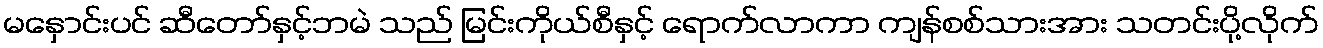
မနှောင်းပင် ဆီတော်နှင့်ဘမဲ သည် မြင်းကိုယ်စီနှင့် ရောက်လာကာ ကျန်စစ်သားအား သတင်းပို့လိုက်